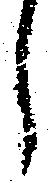
し